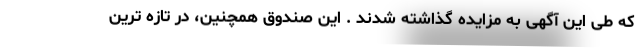
که طی این آگهی به مزایده گذاشته شدند . این صندوق همچنین، در تازه ترین